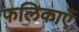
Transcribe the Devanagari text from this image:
फलिकाएँ